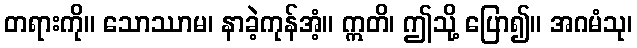
တရားကို။ သောဿာမ၊ နာခဲ့ကုန်အံ့။ ဣတိ၊ ဤသို့ ပြော၍။ အဂမံသု၊